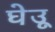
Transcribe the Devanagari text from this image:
घेउू